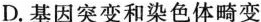
D.基因突变和染色体畸变